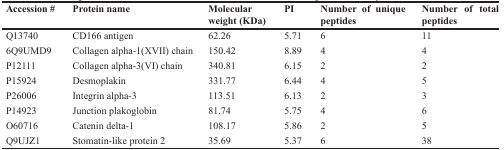
<table><thead><tr><td><b>Accession #</b></td><td><b>Protein name</b></td><td><b>Molecular weight (KDa)</b></td><td><b>PI</b></td><td><b>Number of unique peptides</b></td><td><b>Number of total peptides</b></td></tr></thead><tbody><tr><td>Q13740</td><td>CD166 antigen</td><td>62.26</td><td>5.71</td><td>6</td><td>11</td></tr><tr><td>6Q9UMD9</td><td>Collagen alpha-1(XVII) chain</td><td>150.42</td><td>8.89</td><td>4</td><td>4</td></tr><tr><td>P12111</td><td>Collagen alpha-3(VI) chain</td><td>340.81</td><td>6.15</td><td>2</td><td>2</td></tr><tr><td>P15924</td><td>Desmoplakin</td><td>331.77</td><td>6.44</td><td>4</td><td>5</td></tr><tr><td>P26006</td><td>Integrin alpha-3</td><td>113.51</td><td>6.13</td><td>2</td><td>3</td></tr><tr><td>P14923</td><td>Junction plakoglobin</td><td>81.74</td><td>5.75</td><td>4</td><td>6</td></tr><tr><td>O60716</td><td>Catenin delta-1</td><td>108.17</td><td>5.86</td><td>2</td><td>5</td></tr><tr><td>Q9UJZ1</td><td>Stomatin-like protein 2</td><td>35.69</td><td>5.37</td><td>6</td><td>38</td></tr></tbody></table>